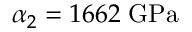
\alpha _ { 2 } = 1 6 6 2 \; \mathrm { G P a }